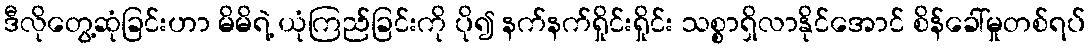
ဒီလိုတွေ့ဆုံခြင်းဟာ မိမိရဲ့ ယုံကြည်ခြင်းကို ပို၍ နက်နက်ရှိုင်းရှိုင်း သစ္စာရှိလာနိုင်အောင် စိန်ခေါ်မှုတစ်ရပ်